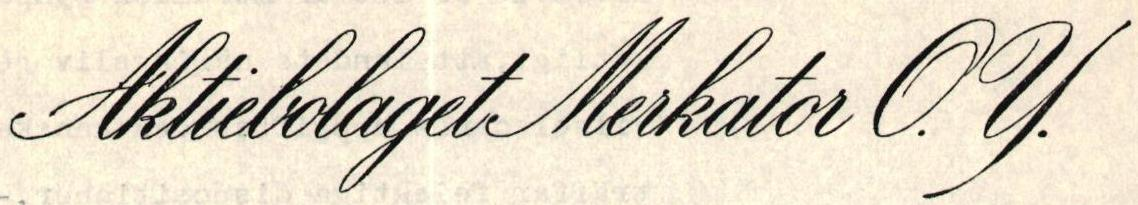
Aktiebolaget Merkator O.Y.